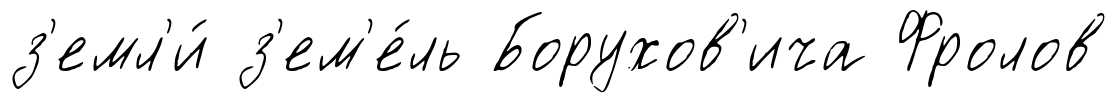
з'емл'и́ з'ем'е́ль Борухов'ича Фролов